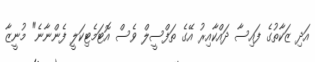
އަދި ޒަކާތުގެ ފައިސާ ދައްކާއިރު އޭގެ ތަފްސީލް ވެސް އޮޓަމެޓިކަލީ ފެންނާނެ" މުނީޒާ